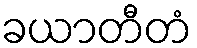
ခယာတီတံ